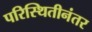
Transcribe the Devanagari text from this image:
परिस्थितीनंतर